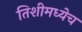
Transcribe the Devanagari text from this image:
तिशीमध्येच